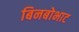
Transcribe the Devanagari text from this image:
बिनबोभाट